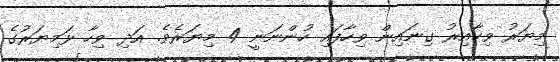
މިޔަރު ވިހާއިރު ގިނައިން ވިހާފައި ހުންނަނީ 4 މިޔަރެވެ. އަދި ވިހާ ޅަމިޔަރުގެ